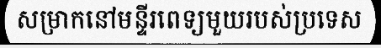
សម្រាកនៅមន្ទីរពេទ្យមួយរបស់ប្រទេស